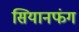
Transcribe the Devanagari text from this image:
सियानफंग